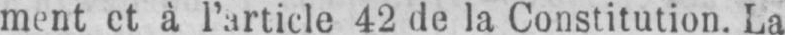
ment et à l’article 42 de la Constitution. La